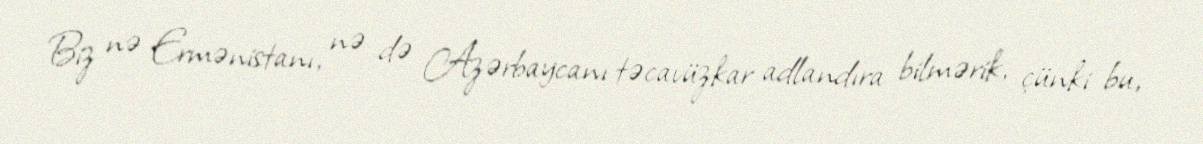
Biz nə Ermənistanı, nə də Azərbaycanı təcavüzkar adlandıra bilmərik, çünki bu,